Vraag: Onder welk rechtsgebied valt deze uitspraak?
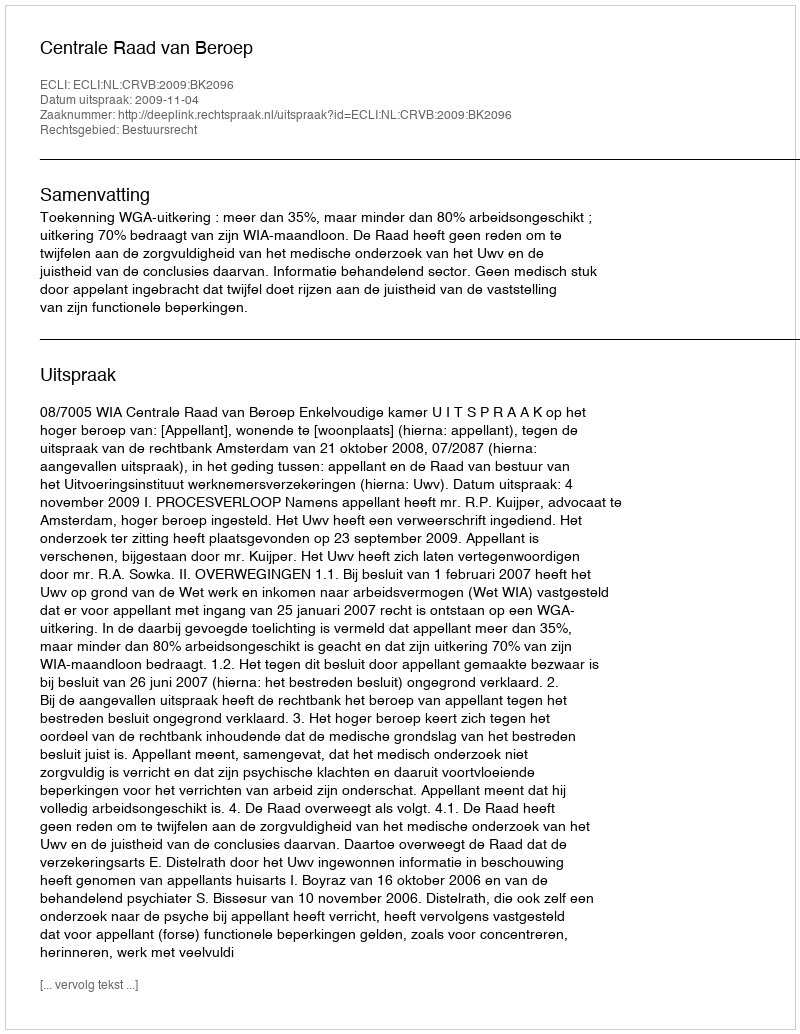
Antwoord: Bestuursrecht